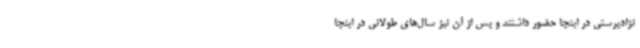
نژادپرستی در اینجا حضور داشتند و پس از آن نیز سال‌های طولانی در اینجا